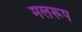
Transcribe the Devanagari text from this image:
मलरूप